Tartu_pedagoogiumi_aruanded, lk 21
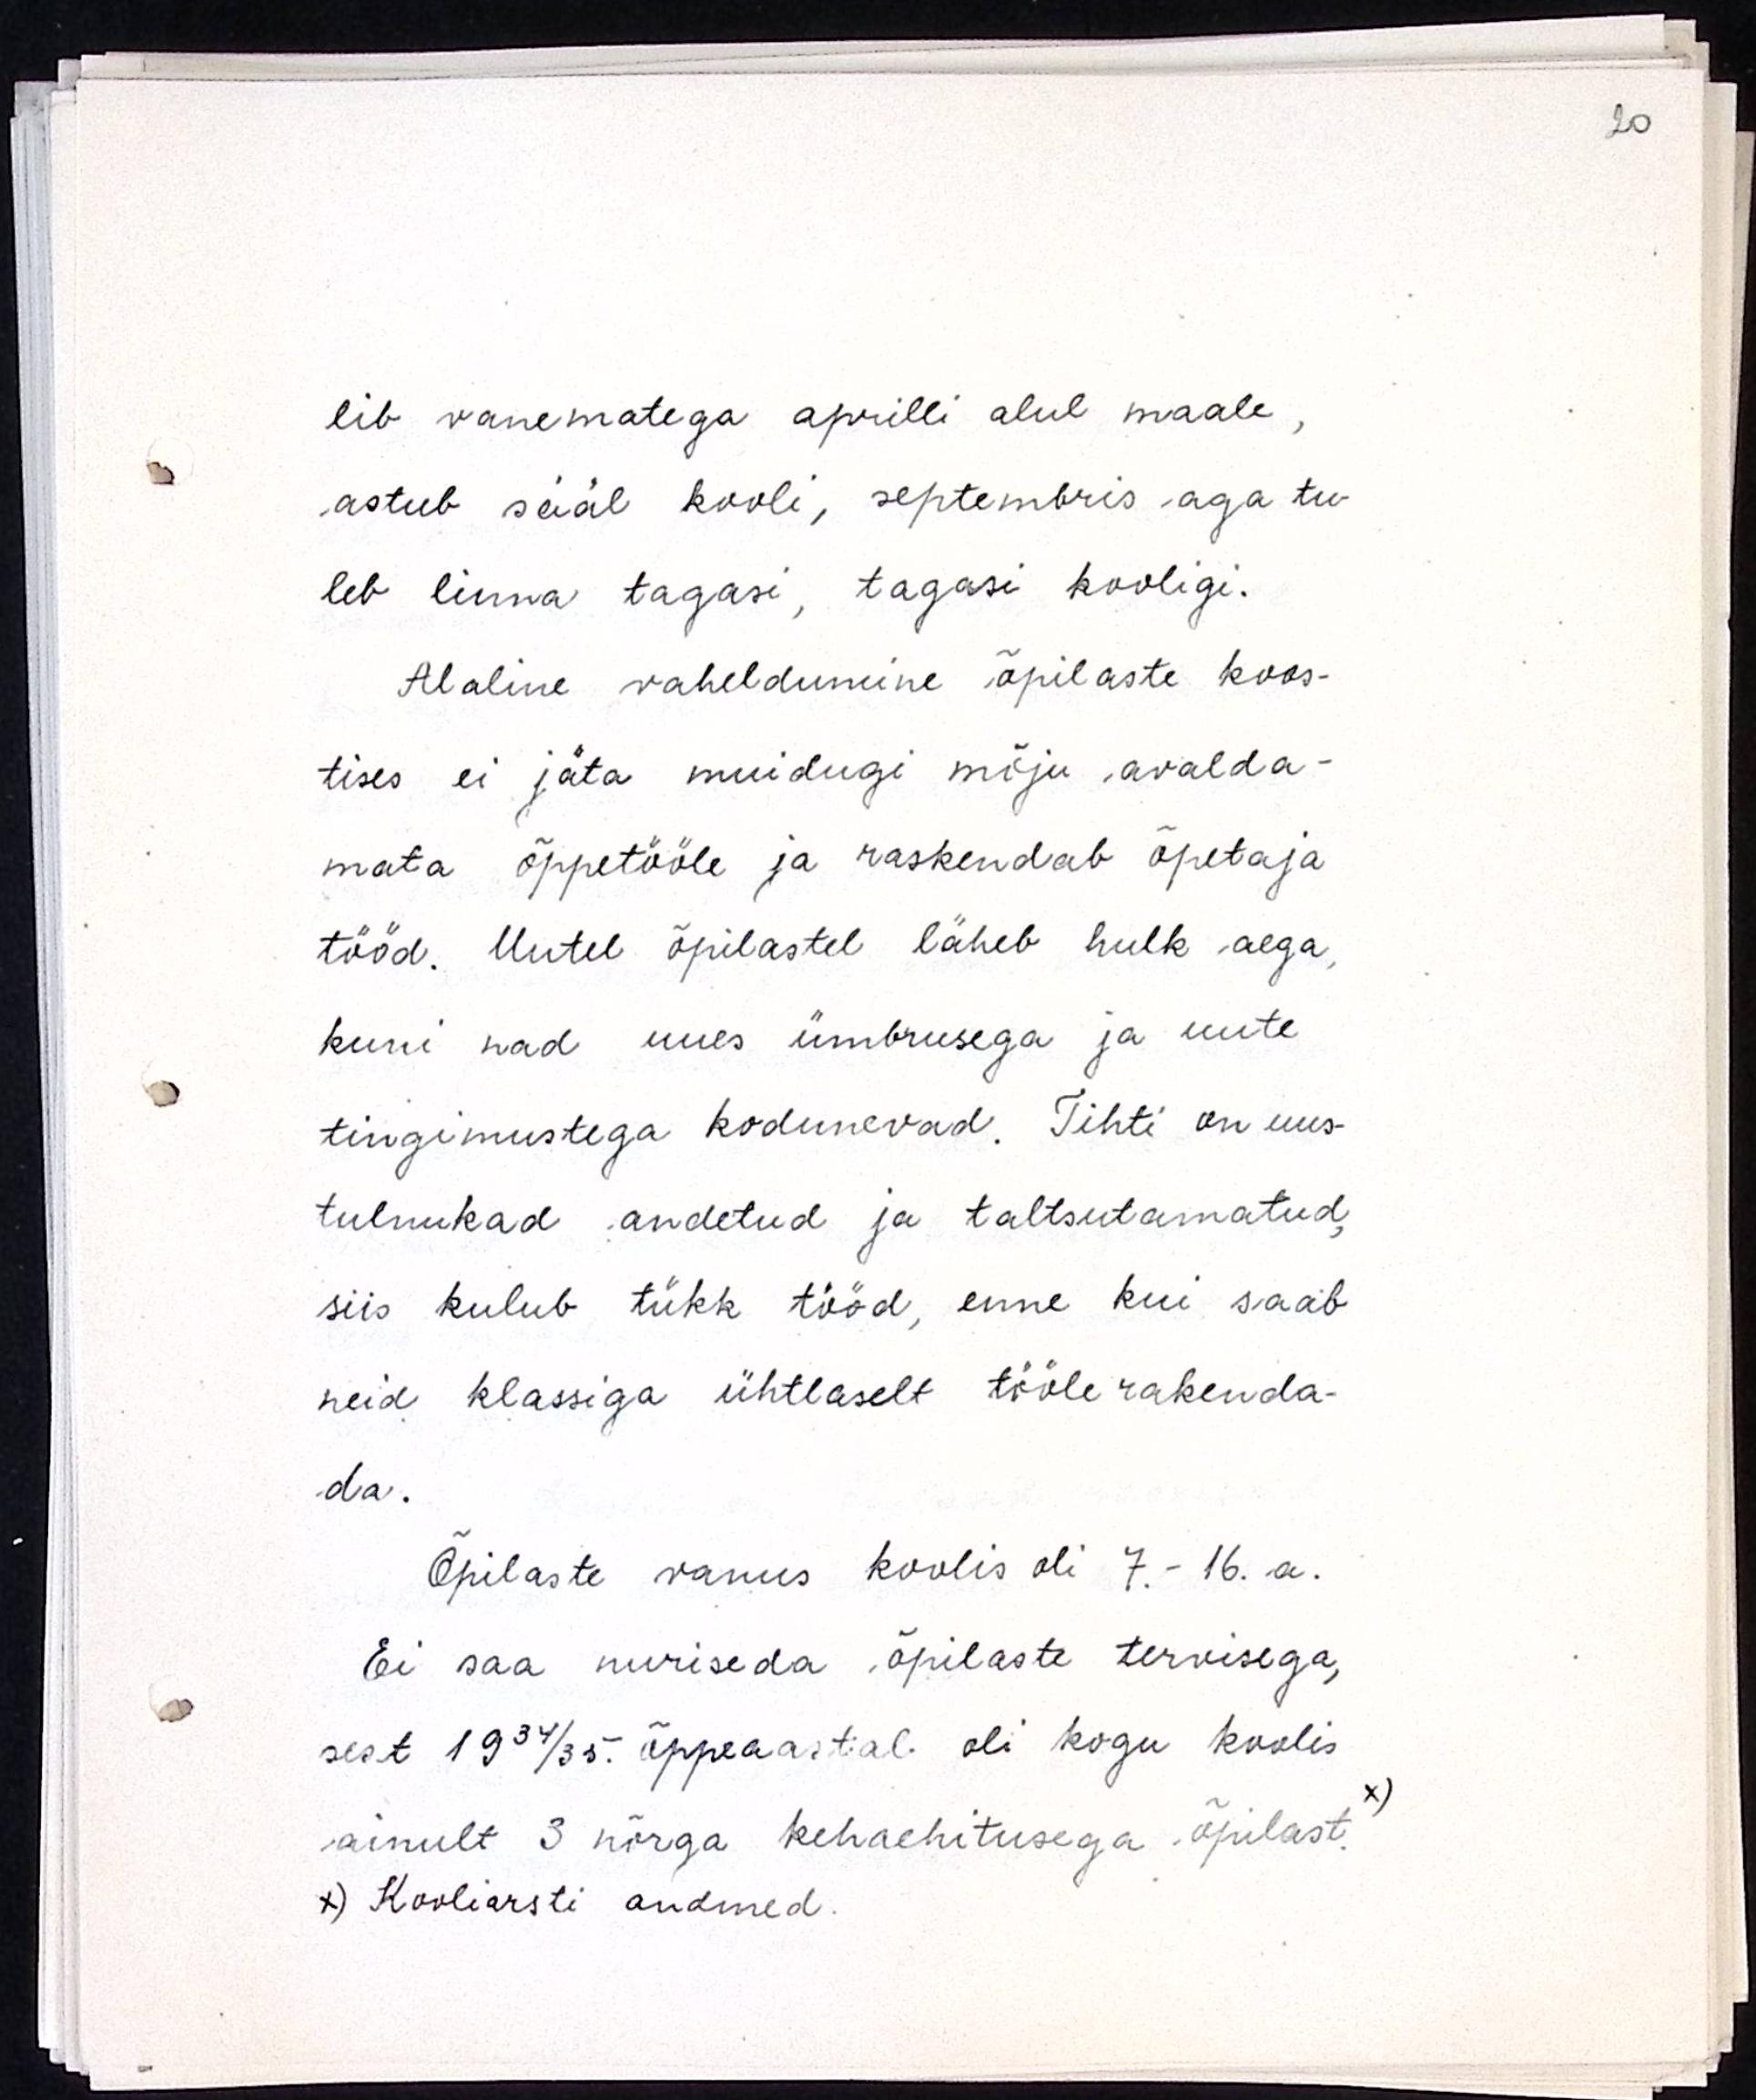
lib vanematega aprilli alul maale,
astub sääl kooli, septembris aga tu-
leb linna tagasi, tagasi kooligi.
Alalilne vaheldumine õpilaste koos-
tises ei jäta muidugi mõju avalda-
mata õppetööle ja raskendab õpetaja
tööd. Uutel õpilastel läheb hulk aega,
kuni nad uues ümbrusega ja uute
tingimustega kodunevad. Tihti on uus-
tulnukad andetud ja taltsutamatud,
siis kulub tükk tööd, enne kui saab 
neid klassiga ühtlaselt tööle rakenda-
da.
Õpilaste vanus koolis oli 7.-16. a.
Ei saa nuriseda õpilaste tervisega,
sest 1934/35. õppeaastal oli kogu koolis
ainult 3 nõrga kehaehitusega õpilast
x) Kooliarsti andmed.